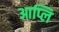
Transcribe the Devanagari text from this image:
आप्लि